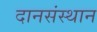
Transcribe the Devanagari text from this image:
दानसंस्थान